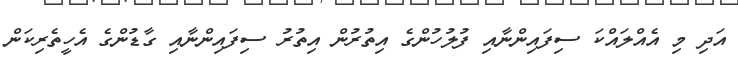
އަދި މި އެއްލައްކަ ސިފައިންނާއި ފުލުހުންގެ އިތުރުން އިތުރު ސިފައިންނާއި ގާޑުންގެ އެހީތެރިކަން